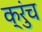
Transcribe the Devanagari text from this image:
क्रुंच